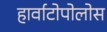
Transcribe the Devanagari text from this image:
हार्वाटोपोलोस